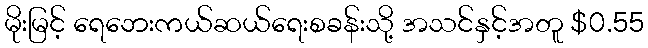
မိုးမြင့် ရေဘေးကယ်ဆယ်ရေးစခန်းသို့ အသင်နှင့်အတူ $0.55